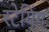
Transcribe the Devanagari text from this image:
स्टेयिंग